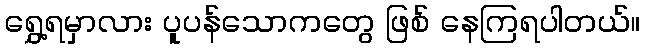
ရွှေ့ရမှာလား ပူပန်သောကတွေ ဖြစ် နေကြရပါတယ်။